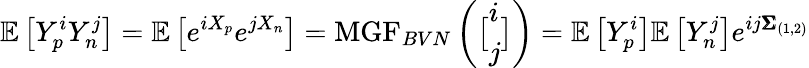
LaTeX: \mathbb{E}\left[Y_{p}^{i}Y_{n}^{j}\right]=\mathbb{E}\left[e^{iX_{p}}e^{jX_{n}}\right]=\mathrm{MGF}_{BVN}\left(\big[\begin{array}{l}{i}\\ {j}\end{array}\big]\right)=\mathbb{E}\left[Y_{p}^{i}\right]\mathbb{E}\left[Y_{n}^{j}\right]e^{ij\pmb{\Sigma}_{(1,2)}}